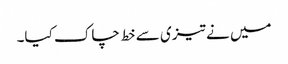
میں نے تیزی سے خط چاک کیا۔